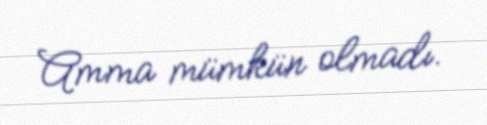
Amma mümkün olmadı.